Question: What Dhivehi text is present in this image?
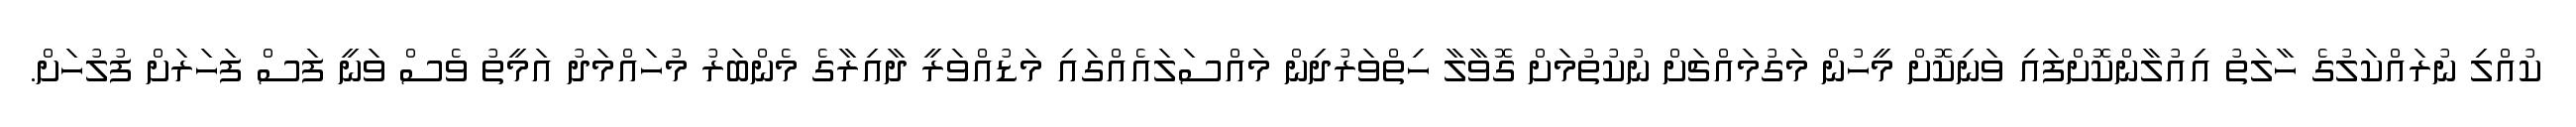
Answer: ކުއްލި ނުރައްކަލުގެ ހާލަތު އިއުލާންކޮށްފައި ވަނިކޮށް މީހުން މަގުމައްޗަށް ނުކުތުމަށް ގޮވާލާ ހިތްވަރުދިން މައްސަލައެއްގައި މަޑުއްވަރީ ދާއިރާގެ މެންބަރު މުހައްމަދު އަމީތު ވެސް ވަނީ ފަސް ފަހަރަށް ފުލުހަށް.